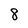
Character: 8